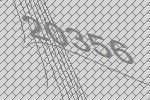
20356